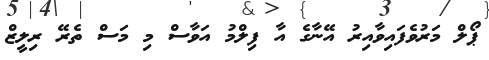
ޕޯލް މަރުވެފައިވާއިރު އޭނާގެ އާ ފިލްމު އަވާސް މި މަސް ތެރޭ ރިލީޒް